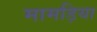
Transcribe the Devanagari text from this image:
मामड़िया